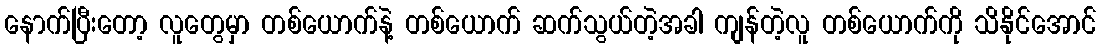
နောက်ပြီးတော့ လူတွေမှာ တစ်ယောက်နဲ့ တစ်ယောက် ဆက်သွယ်တဲ့အခါ ကျန်တဲ့လူ တစ်ယောက်ကို သိနိုင်အောင်